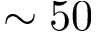
\sim 5 0